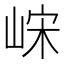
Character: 𫶀